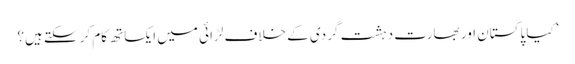
’کیا پاکستان اور بھارت دہشت گردی کے خلاف لڑائی میں ایکساتھ کام کرسکتے ہیں؟